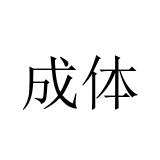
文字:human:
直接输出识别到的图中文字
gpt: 成体